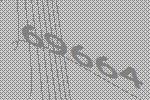
69664